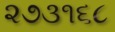
૨૭૩૧૬૮